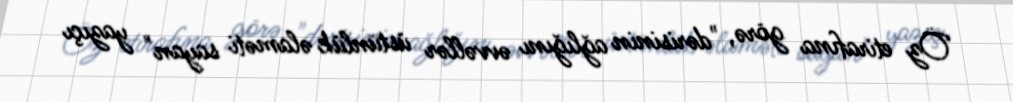
Öz etirafına görə, "dərisinin ağlığını əvvəllər üstünlük əlaməti sayan" yazıçı